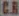
CR